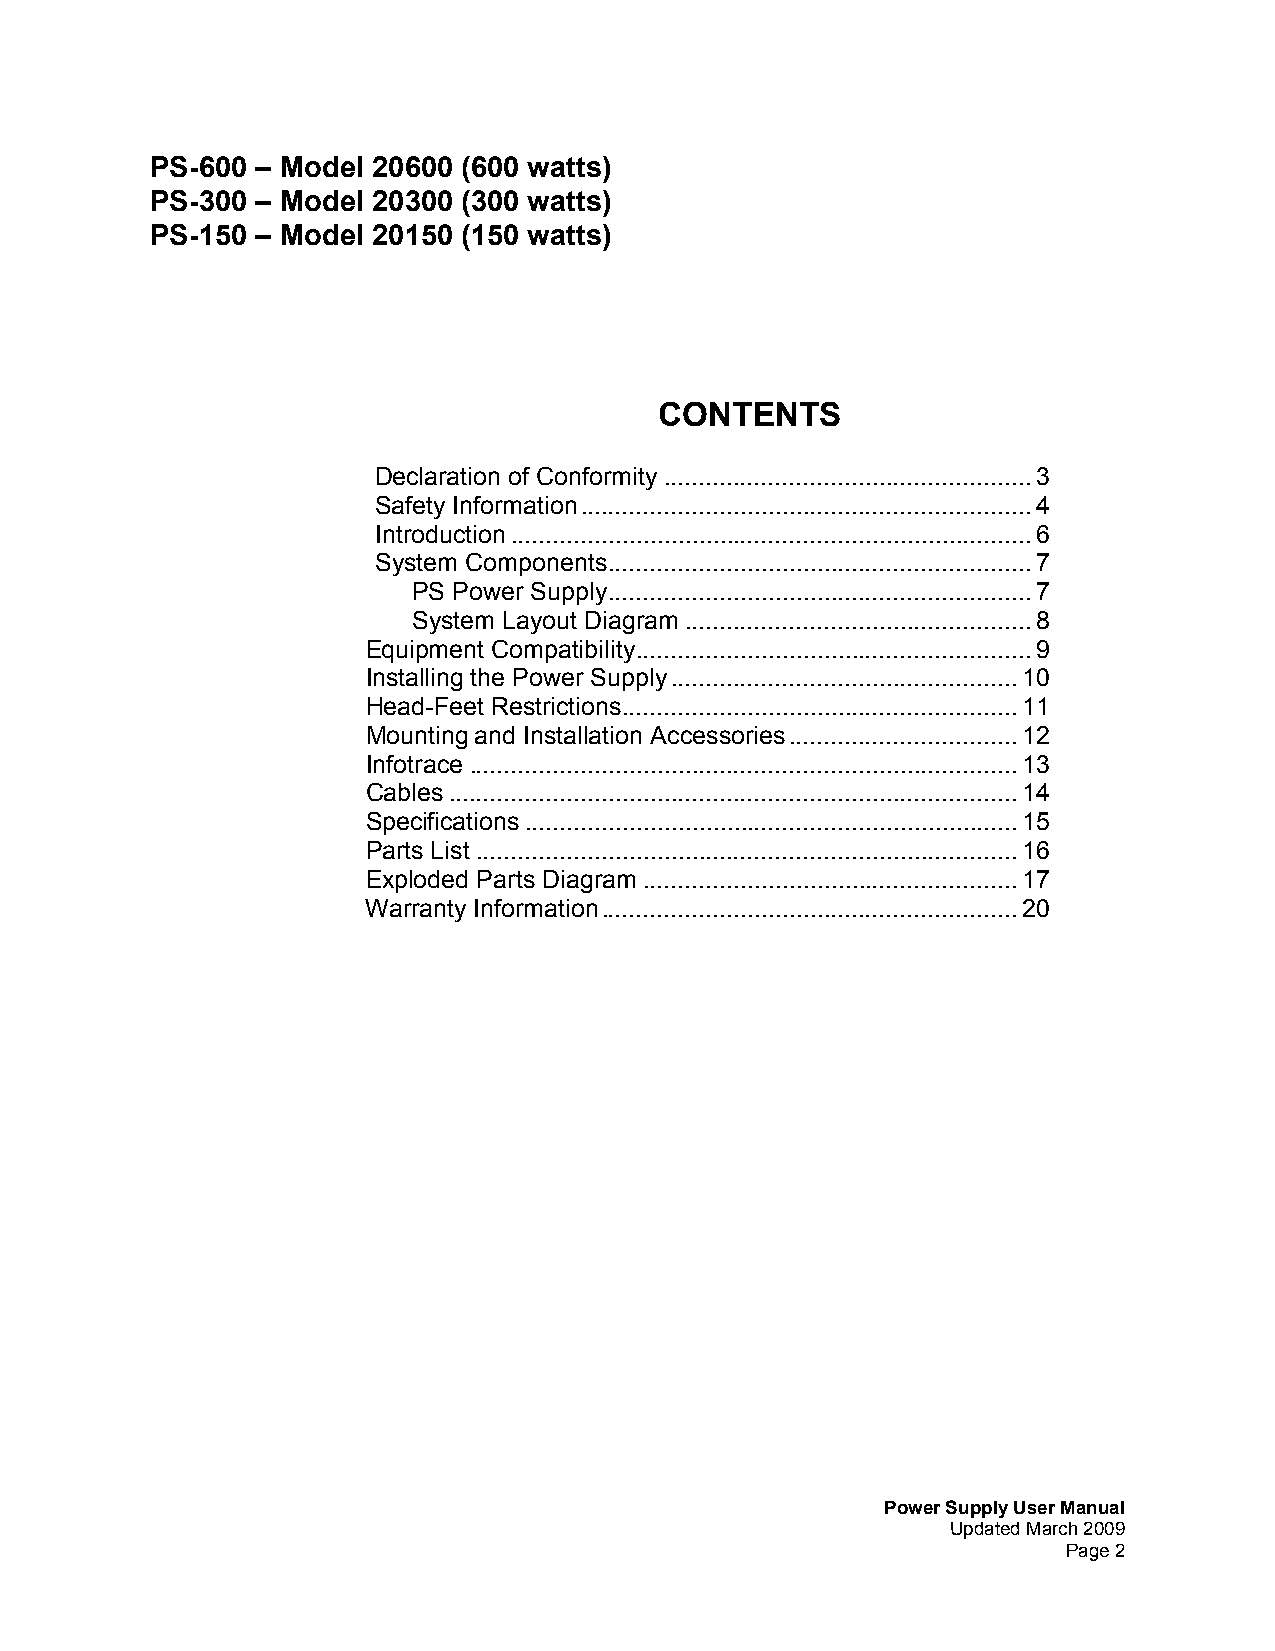
PS-600 – Model 20600 (600 watts)
 PS-300 – Model 20300 (300 watts)
 PS-150 – Model 20150 (150 watts)
 CONTENTS
 Declaration of Conformity .....................................................3
 Safety Information.................................................................4
 Introduction...........................................................................6
 System Components.............................................................7
 PS Power Supply.............................................................7
 System Layout Diagram..................................................8
 Equipment Compatibility.........................................................9
 Installing the Power Supply..................................................10
 Head-Feet Restrictions.........................................................11
 Mounting and Installation Accessories.................................12
 Infotrace ...............................................................................13
 Cables..................................................................................14
 Specifications.......................................................................15
 Parts List ..............................................................................16
 Exploded Parts Diagram ......................................................17
 Warranty Information............................................................20
 Power Supply User Manual
 Updated March 2009
 Page 2